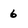
Character: 6